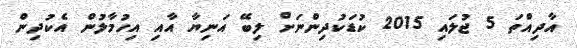
އާދިއްތަ 5 ޖުލައި 2015 ކުޑަކުދިންނަށް ލިބޭ އަނިޔާ އާއި އިހުމާލުން އެކުދިން